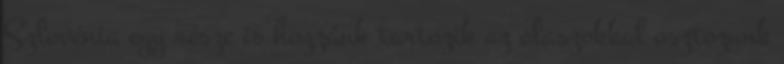
Szlovénia egy része is hozzánk tartozik az olaszokkal osztozunk